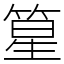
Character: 篂